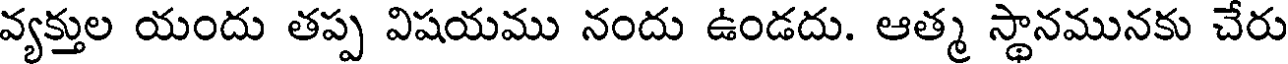
వ్యక్తుల యందు తప్ప విషయము నందు ఉండదు. ఆత్మ స్థానమునకు చేరు